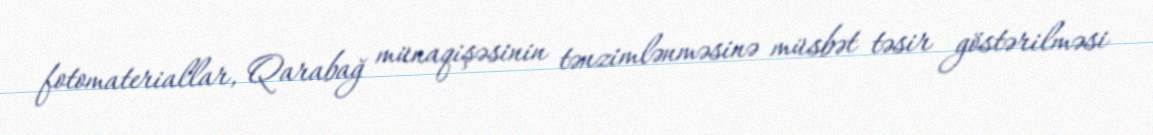
fotomateriallar, Qarabağ münaqişəsinin tənzimlənməsinə müsbət təsir göstərilməsi